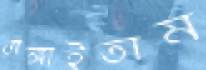
রাঙ্গাইতাম